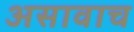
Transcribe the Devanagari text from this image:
असावाच